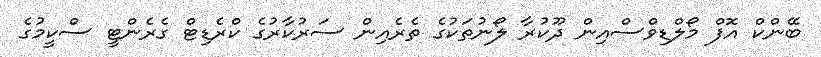
ބޭންކް އޮފް މޯލްޑިވްސްއިން ދޫކުރާ ލޯނުތަކުގެ ތެރެއިން ސަރުކާރުގެ ކްރެޑިޓް ގެރެންޓީ ސްކީމުގެ